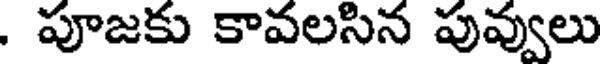
. పూజకు కావలసిన పువ్వులు